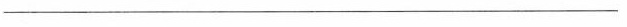
__________________________________________